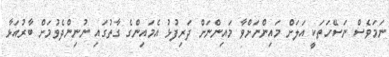
ނަމަވެސް ނަސޭހަތަކީ އަލަށް މައިންނަށްވާ މައިންނަށް ދަރިފުޅު އެމައިންގެ ގާތުގައި ނުނިންދެވުމަށް ބާރުއަޅާ